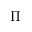
\Pi